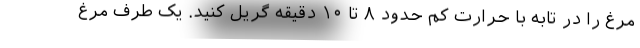
مرغ را در تابه با حرارت کم حدود ۸ تا ۱۰ دقیقه گریل کنید. یک طرف مرغ